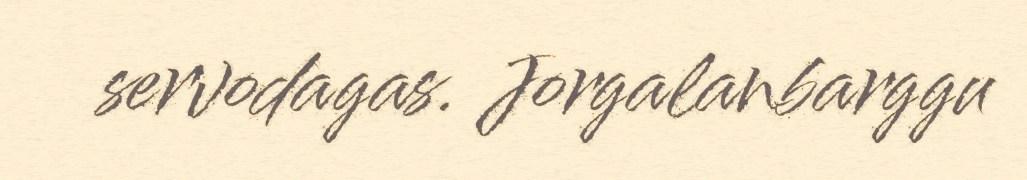
servodagas. Jorgalanbarggu